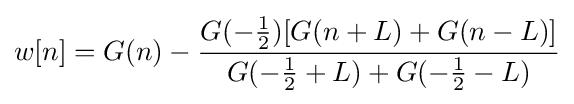
w[n]=G(n)-{\frac {G(-{\tfrac {1}{2}})[G(n+L)+G(n-L)]}{G(-{\tfrac {1}{2}}+L)+G(-{\tfrac {1}{2}}-L)}}